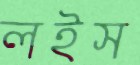
লইস